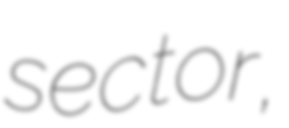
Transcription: sector,